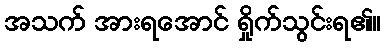
အသက် အားရအောင် ရှိုက်သွင်းရ၏။